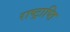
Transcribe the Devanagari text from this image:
राष्ट्राप्ति